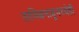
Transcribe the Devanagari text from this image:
तामिळनाडूमध्येही